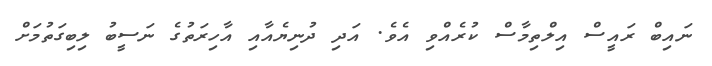
ނައިބް ރައީސް އިލްތިމާސް ކުރެއްވި އެވެ. އަދި ދުނިޔެއާއި އާހިރަތުގެ ނަސީބު ލިބިގަތުމަށް